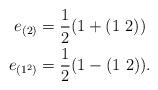
LaTeX: \begin{align*} e_{(2)}&=\frac{1}{2}(1+(1~2))\\ e_{(1^2)}&=\frac{1}{2}(1-(1~2)).\end{align*}